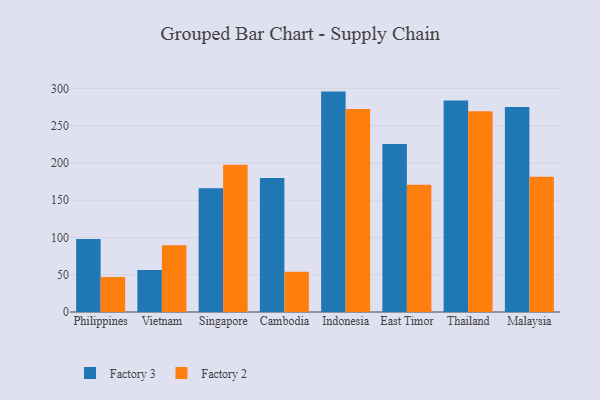
{"axis": {"x": "Country", "y": "Net Income (USD K)"}, "legend": ["Factory 2", "Factory 3"], "data": [{"x": "Philippines", "y": 98.0, "type": "Factory 3"}, {"x": "Philippines", "y": 46.9, "type": "Factory 2"}, {"x": "Vietnam", "y": 56.3, "type": "Factory 3"}, {"x": "Vietnam", "y": 89.4, "type": "Factory 2"}, {"x": "Singapore", "y": 166.1, "type": "Factory 3"}, {"x": "Singapore", "y": 197.5, "type": "Factory 2"}, {"x": "Cambodia", "y": 179.7, "type": "Factory 3"}, {"x": "Cambodia", "y": 54.1, "type": "Factory 2"}, {"x": "Indonesia", "y": 295.6, "type": "Factory 3"}, {"x": "Indonesia", "y": 272.3, "type": "Factory 2"}, {"x": "East Timor", "y": 225.3, "type": "Factory 3"}, {"x": "East Timor", "y": 170.7, "type": "Factory 2"}, {"x": "Thailand", "y": 283.5, "type": "Factory 3"}, {"x": "Thailand", "y": 269.4, "type": "Factory 2"}, {"x": "Malaysia", "y": 275.1, "type": "Factory 3"}, {"x": "Malaysia", "y": 181.4, "type": "Factory 2"}]}